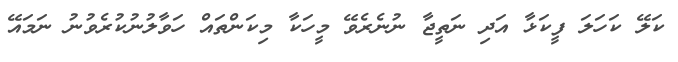
ކަލޭ ކަހަލަ ފީކަޅާ އަދި ނަތީޖާ ނުނެރެވޭ މީހަކާ މިކަންތައް ހަވާލުނުކުރެވުނު ނަމައޭ